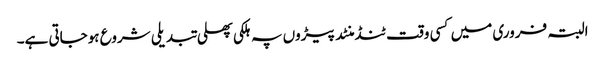
البتہ فروری میں کسی وقت ٹنڈ منٹد پیڑوں پہ ہلکی پھلی تبدیلی شروع ہوجاتی ہے۔